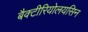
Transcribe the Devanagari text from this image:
बैक्टीरियोलयसिन